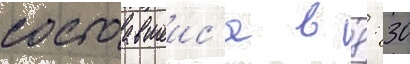
состоавшеис'я в 8: 30